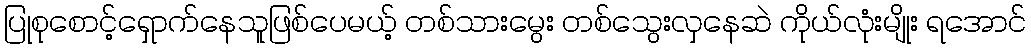
ပြုစုစောင့်ရှောက်နေသူဖြစ်ပေမယ့် တစ်သားမွေး တစ်သွေးလှနေဆဲ ကိုယ်လုံးမျိုး ရအောင်